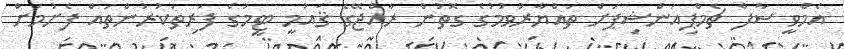
އެމްވީ ސާފް ޗެމްޕިއަންޝިޕަށް ތައްޔާރުވުމުގެ ގޮތުން ރާއްޖޭގެ ޤައުމީ ޓީމުގެ ފަރިތަކުރުންތައް ފެށުމަށް